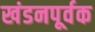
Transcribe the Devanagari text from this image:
खंडनपूर्वक